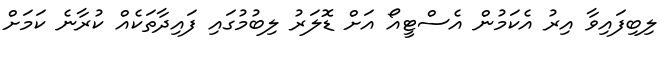
ލިބިފައިވާ އިރު އެކަމުން އެސްޓީއޯ އަށް ޑޮލަރު ލިބުމުގައި ފައިދާތަކެއް ކުރާނެ ކަމަށް